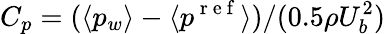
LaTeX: C_{p}=(\langle p_{w}\rangle-\langle p^{\mathrm{~r~e~f~}}\rangle)/(0.5\rho U_{b}^{2})